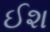
ઈશ